65_HS1-834228961_62-HQ-83894_Serial_130
Agency: FBI
Page 81
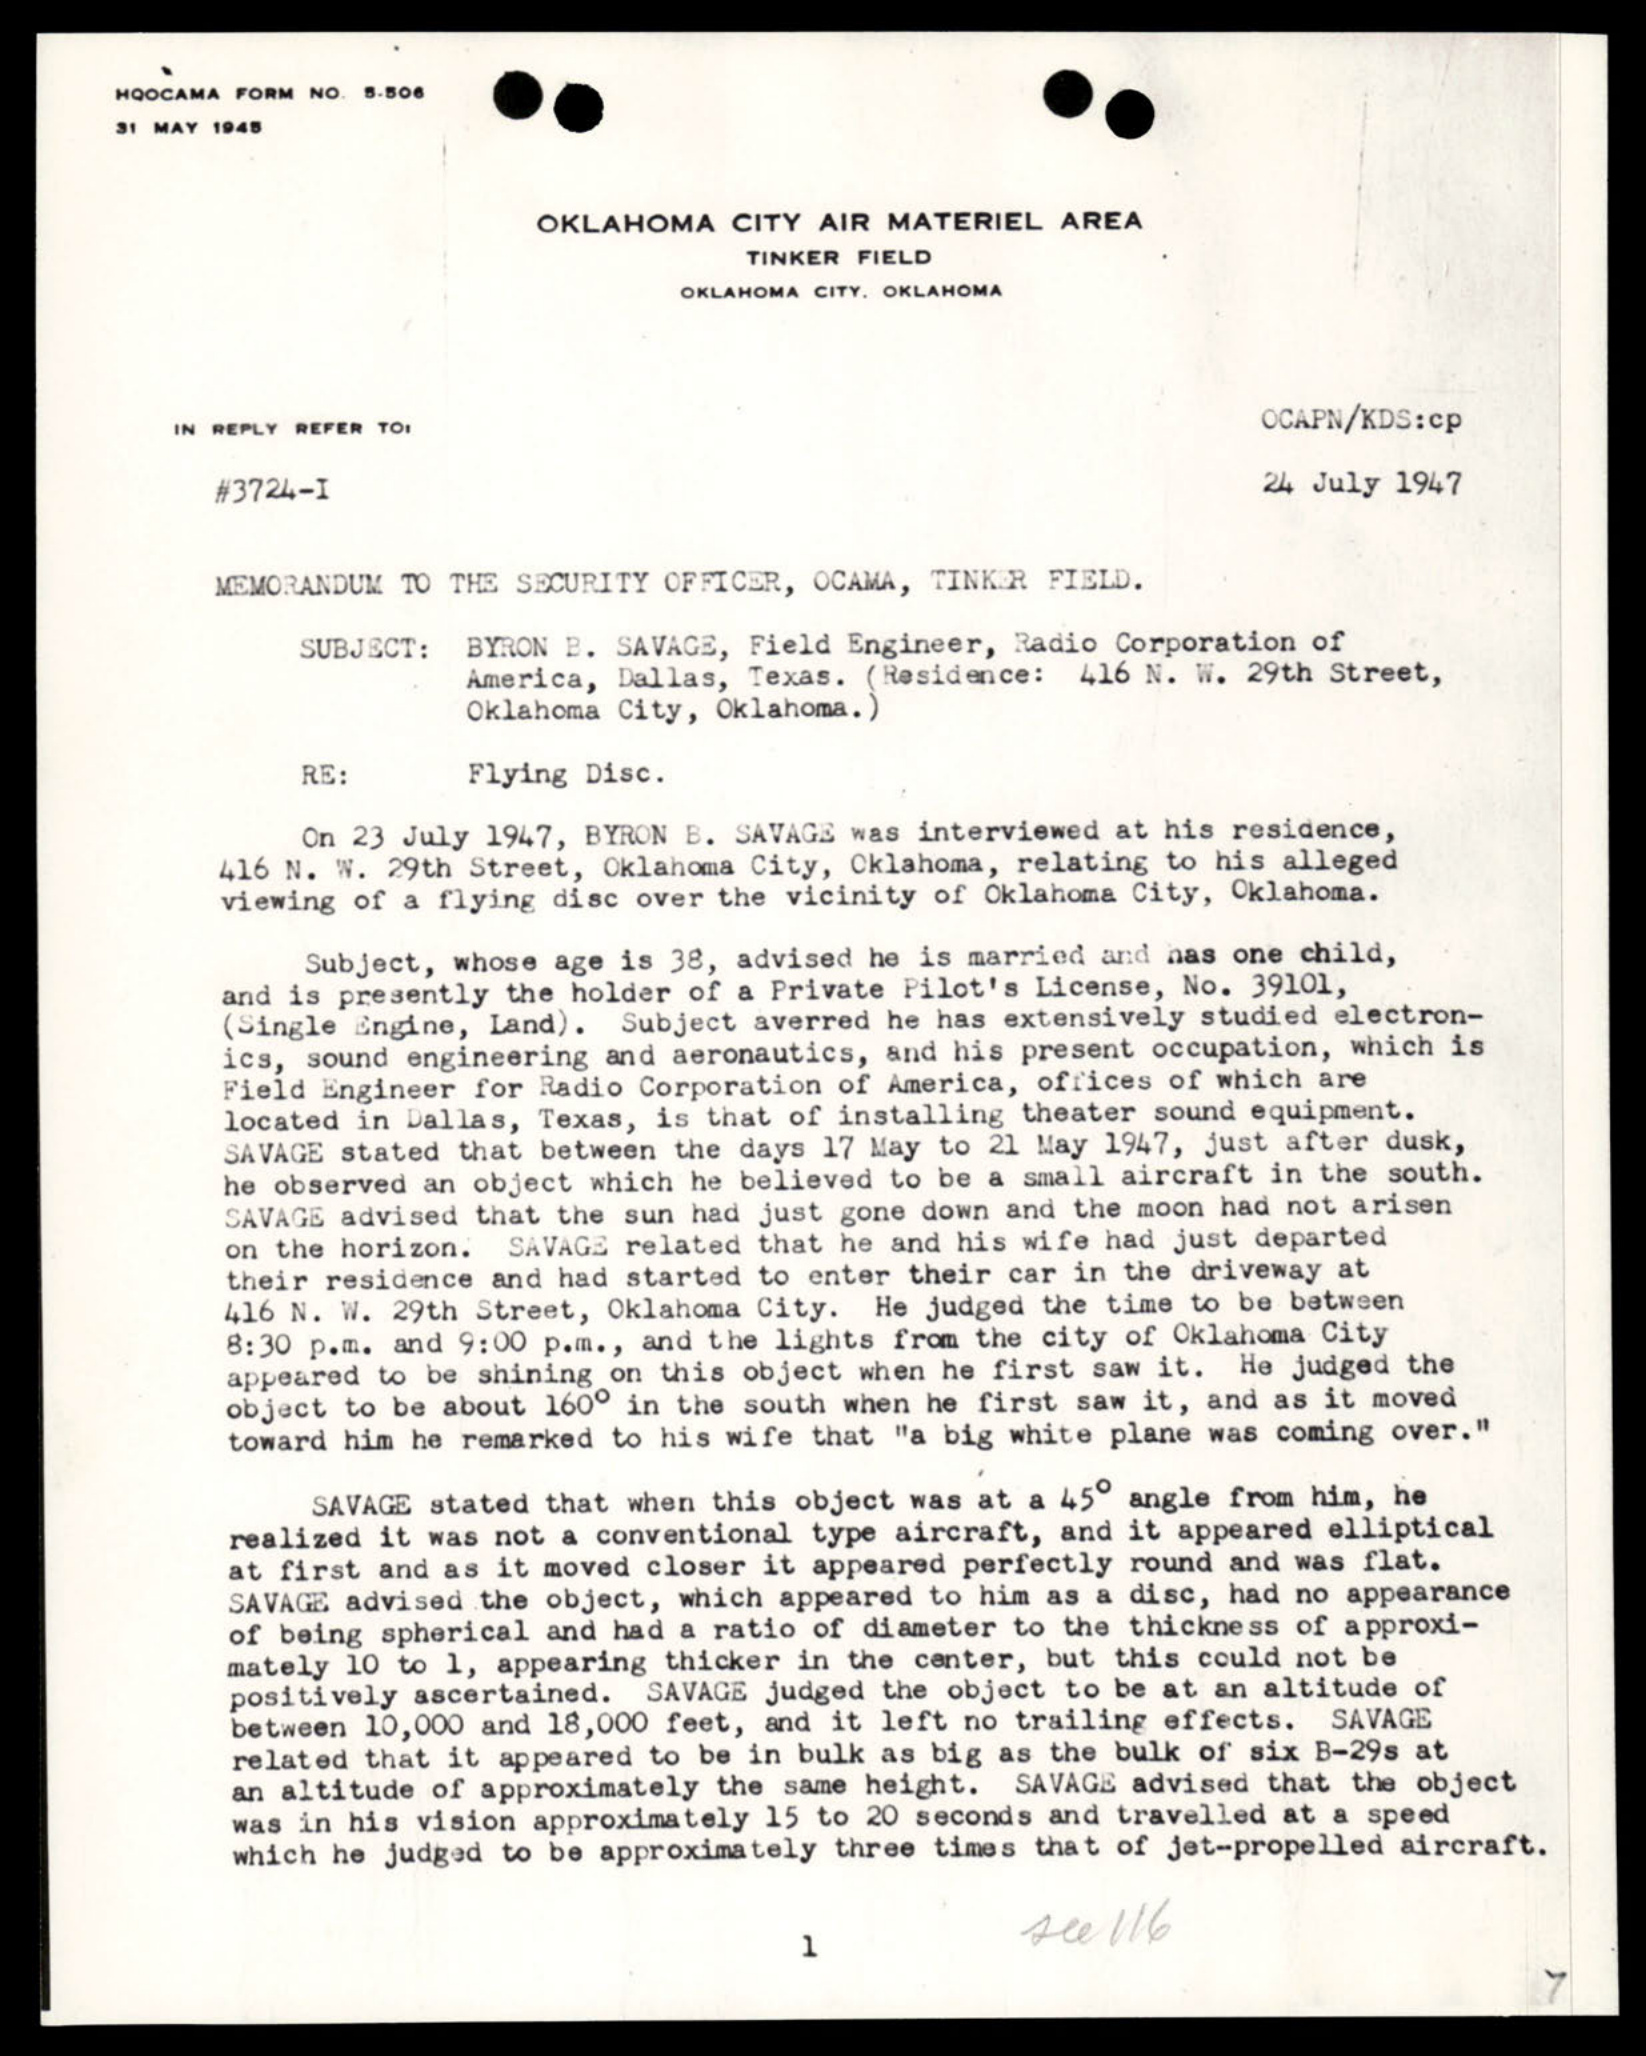